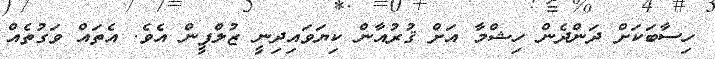
ހިސާބަކަށް ދަންދެން ހިޝްމާ އަށް ޤުރުއާން ކިޔަވައިދިނީ ޒުލްފީން އެވެ. އެތައް ވަގުތެއް